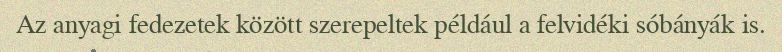
Az anyagi fedezetek között szerepeltek például a felvidéki sóbányák is.